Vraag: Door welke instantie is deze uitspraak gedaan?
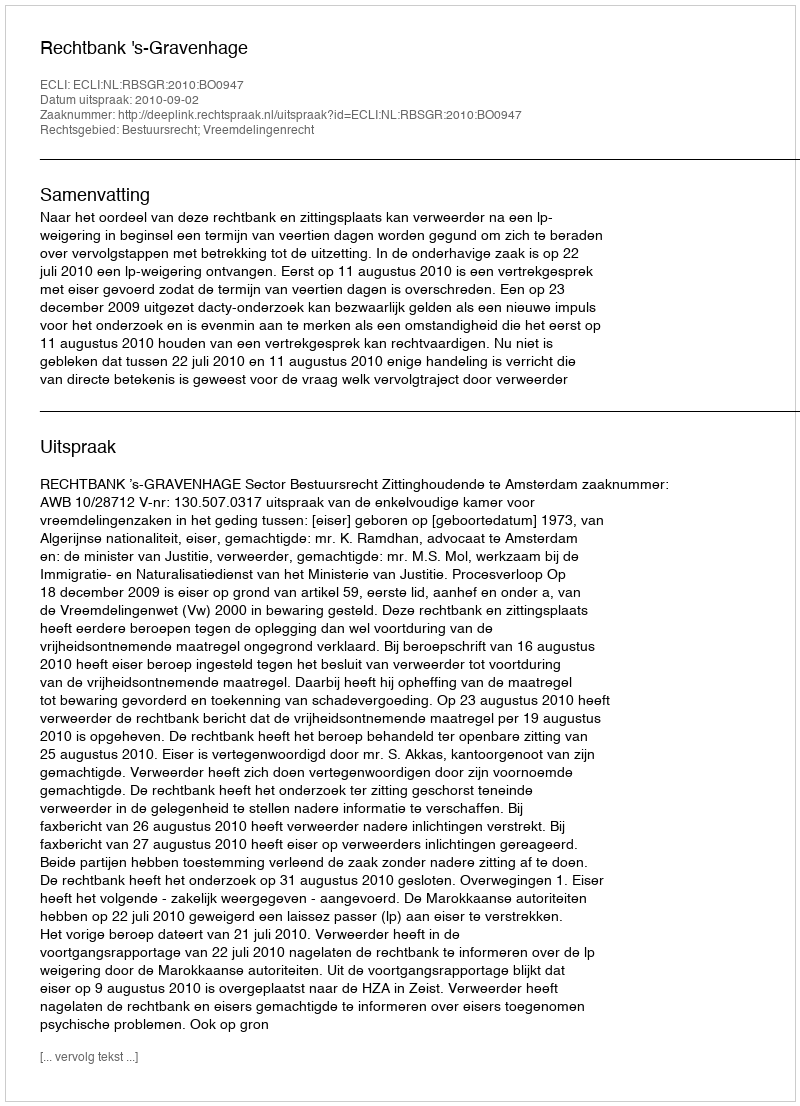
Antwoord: Rechtbank 's-Gravenhage